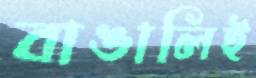
বাঙালিই